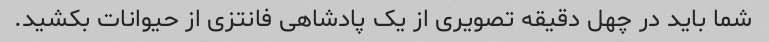
شما باید در چهل دقیقه تصویری از یک پادشاهی فانتزی از حیوانات بکشید.